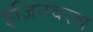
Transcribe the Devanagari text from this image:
इंजिनवरच